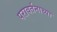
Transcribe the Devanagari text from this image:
परावर्तनाच्या